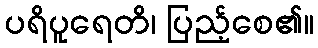
ပရိပူရေတိ၊ ပြည့်စေ၏။